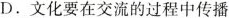
D. 文化要在交流的过程中传播